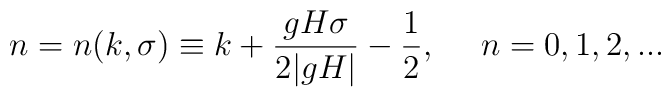
n = n(k,\sigma) \equiv k + \frac{g H \sigma}{2 |g H|} - \frac{1}{2},~~~~n = 0, 1, 2, ...